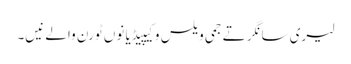
لیری سانگر تے جمی ویلس وکیپیڈیا نوں ٹورن والے نیں۔